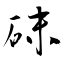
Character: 砞